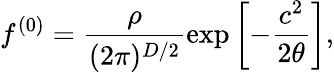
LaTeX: f^{(0)}=\frac{\rho}{(2\pi)^{D/2}}\exp\left[-\frac{c^{2}}{2\theta}\right],